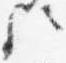
歟